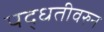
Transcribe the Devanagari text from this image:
पद्धतीवरुन